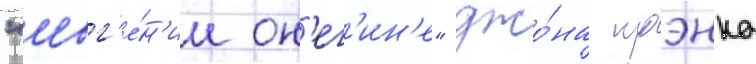
"евг'е́н'ии он'ег'ин'е" джо́на крэнко